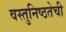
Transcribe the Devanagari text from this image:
वस्तुनिष्ठतेची